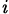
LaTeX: _\mathit{i}